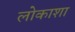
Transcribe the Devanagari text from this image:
लोकाशा